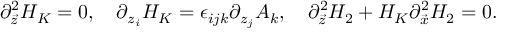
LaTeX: \partial _ { \vec { z } } ^ { 2 } H _ { K } = 0 , \ \ \ \partial _ { z _ { i } } H _ { K } = \epsilon _ { i j k } \partial _ { z _ { j } } A _ { k } , \ \ \ \partial _ { \vec { z } } ^ { 2 } H _ { 2 } + H _ { K } \partial _ { \vec { x } } ^ { 2 } H _ { 2 } = 0 .